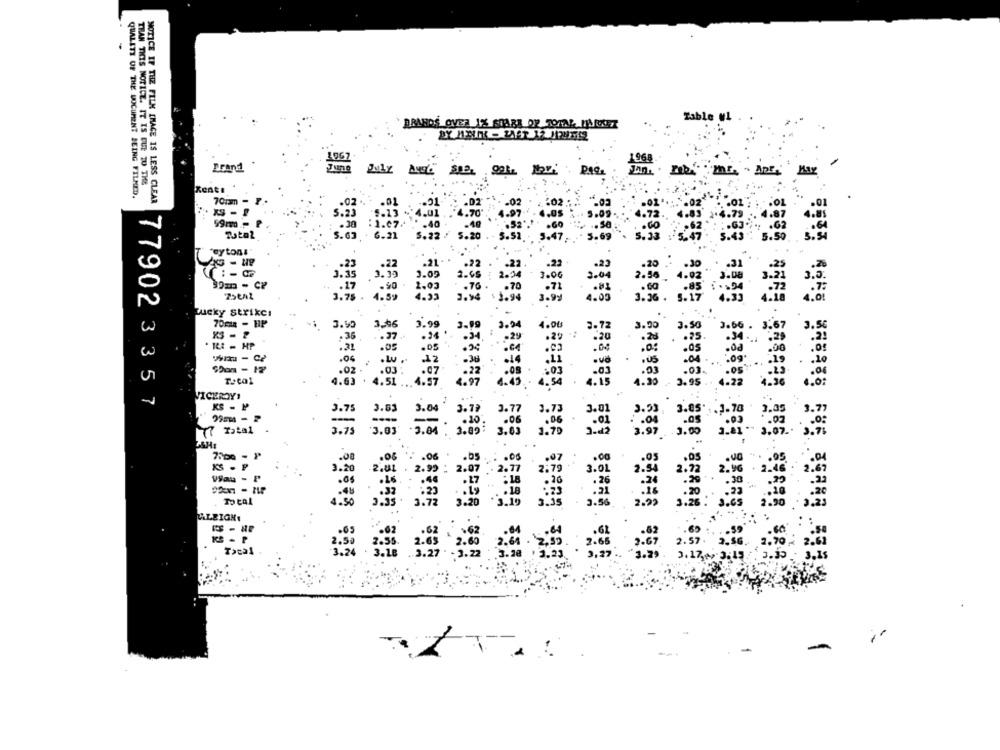
Table W1
BRANDS OVER 1% SHARE OF TOTAL MARKET
Brand .
962
1
May
THAN THIS NOTICE. IT IS DUE TO THE
QUALITE OF THE DOCUMENT BEING FILMED.
NOTICE IF THE FILM [HACE IS LESS CLEAR
70mm - 1.
59m- ₽
.. se
.60
6.21
3.22
3. 20
3. 5
5.69
Feytoni
1.06
2.66
2. 50
.. 70
25ŁAŁ
3.7
4.09
3.36
Lucky strikes
70mm - HP
3.50
3-46
4.00
3.72
3.90
3.50
1.66
,36
. 16: - HP
.27
-29
. 29
.20
.25
:31
.04
. 05
.04
. L
.
. 02 .
4.15
4.63 . 4.51
.97
4.30
3.95
VICEROYS
77902 3 3 5 7
KS - P
3.75
3.55
3.04
3. 77
3.77
3.01
3.53
3.85
=
.06
.01
Total
3.75
5.00
3.63
3.70
3.99
3.00
SHE
.06
.06
: . os
.. 00
3.20
2:79
3.01
Vau - P
2.99 :
2.7
Deal
4.50
3.3
2.99
3.20
ALEIGH.
1.70
Total
-
-